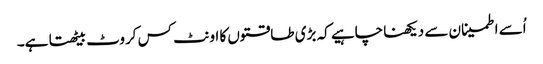
اُسے اطمینان سے دیکھنا چاہیے کہ بڑی طاقتوں کا اونٹ کس کروٹ بیٹھتا ہے۔